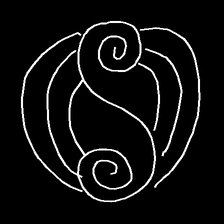
Glyph: wind-underfoot